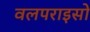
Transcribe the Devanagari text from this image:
वलपराइसो